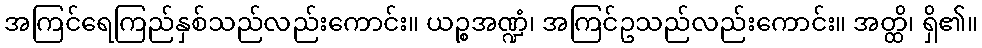
အကြင်ရေကြည်နှစ်သည်လည်းကောင်း။ ယဉ္စအဏ္ဍံ၊ အကြင်ဥသည်လည်းကောင်း။ အတ္ထိ၊ ရှိ၏။